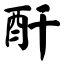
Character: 酐